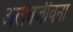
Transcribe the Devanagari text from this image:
अलेक्जीवना